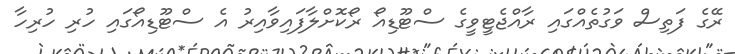
ރޭގެ ފަތިސް ވަގުތެއްގައި ރާއްޖެޓީވީގެ ސްޓޫޑިއޯ ރޯކޮށްލާފައިވާއިރު އެ ސްޓޫޑިއޯގައި ހުރި ހުރިހާ